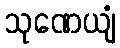
သုဏေယျံ